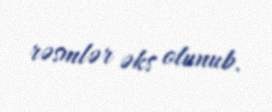
rəsmlər əks olunub.